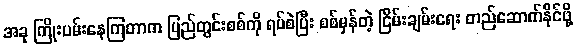
အခု ကြိုးပမ်းနေကြတာက ပြည်တွင်းစစ်ကို ရပ်စဲပြီး စစ်မှန်တဲ့ ငြိမ်းချမ်းရေး တည်ဆောက်နိုင်ဖို့